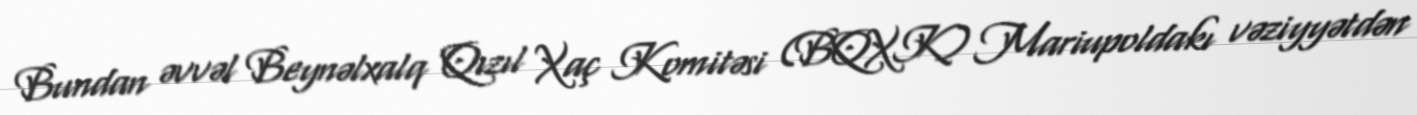
Bundan əvvəl Beynəlxalq Qızıl Xaç Komitəsi (BQXK) Mariupoldakı vəziyyətdən